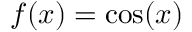
f ( x ) = \cos ( x )